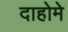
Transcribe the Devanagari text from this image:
दाहोमे